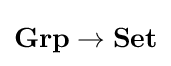
\mathbf {Grp} \to \mathbf {Set}